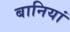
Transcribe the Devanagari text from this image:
बानियां